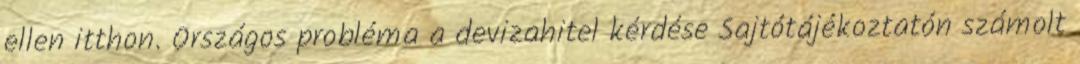
ellen itthon. Országos probléma a devizahitel kérdése Sajtótájékoztatón számolt